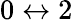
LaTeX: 0\leftrightarrow 2